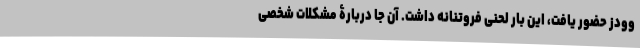
وودز حضور یافت، این بار لحنی فروتنانه داشت. آن جا دربارۀ مشکلات شخصی